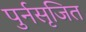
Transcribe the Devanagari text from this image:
पुर्नसृजित